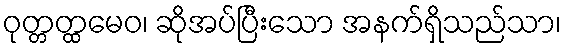
ဝုတ္တတ္ထမေဝ၊ ဆိုအပ်ပြီးသော အနက်ရှိသည်သာ၊